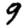
Digit: 9